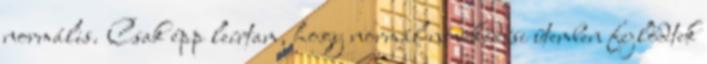
normális. Csak épp leírtam, hogy normál növekedési ütemben fejlődtek